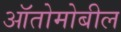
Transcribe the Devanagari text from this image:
ऑतोमोबील